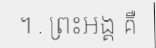
។ . ព្រះអង្គ គឺ